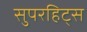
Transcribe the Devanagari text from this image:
सुपरहिट्स